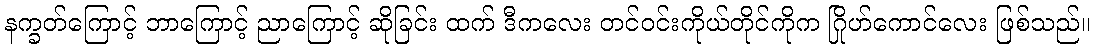
နက္ခတ်ကြောင့် ဘာကြောင့် ညာကြောင့် ဆိုခြင်း ထက် ဒီကလေး တင်ဝင်းကိုယ်တိုင်ကိုက ဂြိုဟ်ကောင်လေး ဖြစ်သည်။